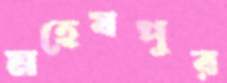
মহেষপুর